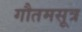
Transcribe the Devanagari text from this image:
गौतमसूत्र